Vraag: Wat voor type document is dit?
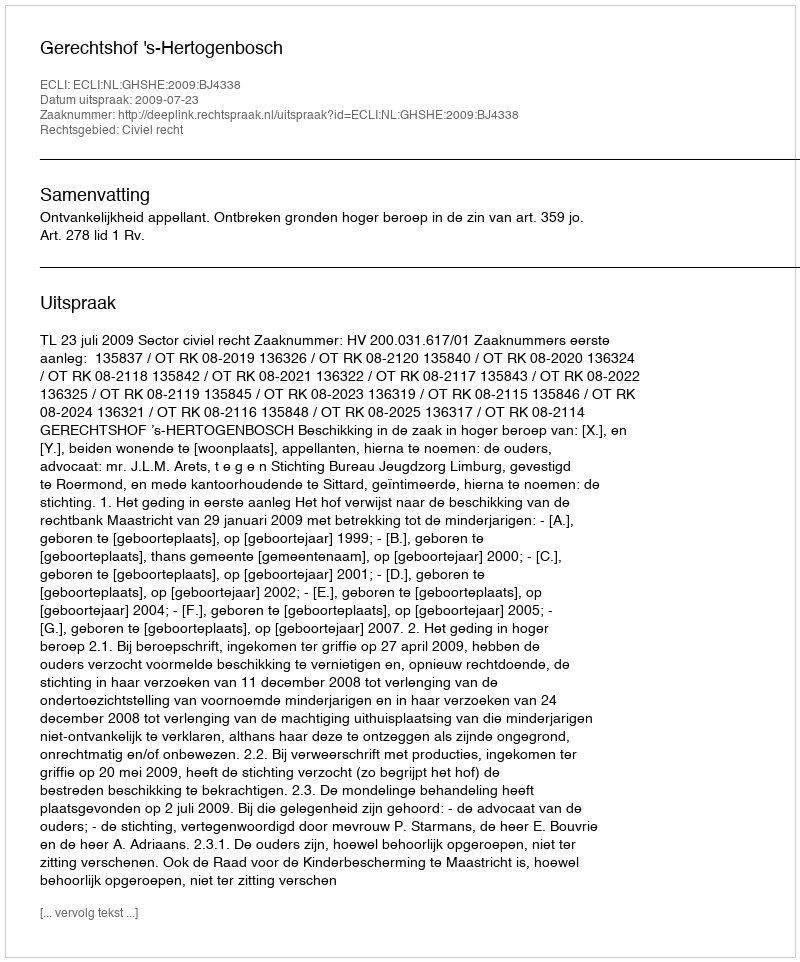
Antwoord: Uitspraak